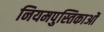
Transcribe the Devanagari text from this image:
नियमपुस्तिकाओं